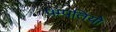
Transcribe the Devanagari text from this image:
पम्‍पतियो